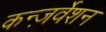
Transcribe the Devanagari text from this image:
कन्ज़र्वेशन